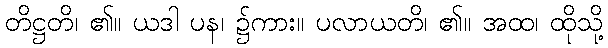
တိဋ္ဌတိ၊ ၏။ ယဒါ ပန၊ ၌ကား။ ပလာယတိ၊ ၏။ အထ၊ ထိုသို့